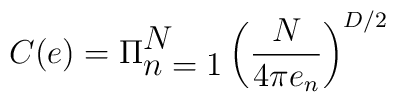
C(e)=\Pi_{\displaystyle {n=1}}^{\displaystyle{N}}\left(\frac{N}{4\pi e_n}\right)^{D/2}